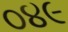
૦૪૯